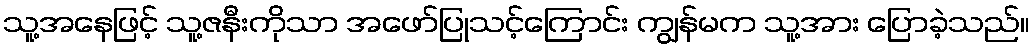
သူ့အနေဖြင့် သူ့ဇနီးကိုသာ အဖော်ပြုသင့်ကြောင်း ကျွန်မက သူ့အား ပြောခဲ့သည်။